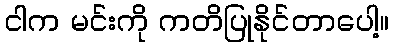
ငါက မင်းကို ကတိပြုနိုင်တာပေါ့။